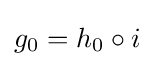
g_{0}=h_{0}\circ i